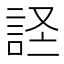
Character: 𫌹